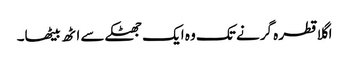
اگلا قطرہ گرنے تک وہ ایک جھٹکے سے اٹھ بیٹھا۔